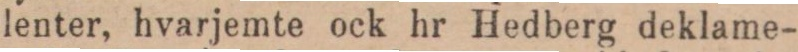
lenter, hvarjemte ock hr Hedberg deklame-